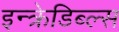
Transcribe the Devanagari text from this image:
इन्क्रेडिब्ल्स